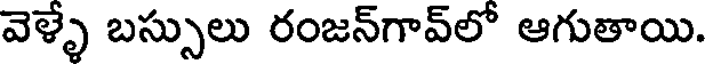
వెళ్ళే బస్సులు రంజన్గావ్లో ఆగుతాయి.